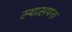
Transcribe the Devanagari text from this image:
स्थासपना